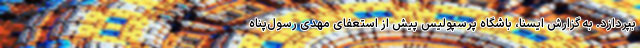
بپردازد. به گزارش ایسنا، باشگاه پرسپولیس پیش از استعفای مهدی رسول‌پناه